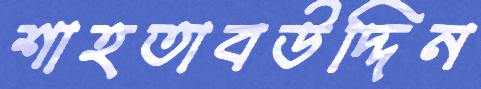
শাহতাবউদ্দিন